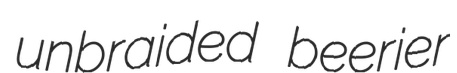
unbraided beerier